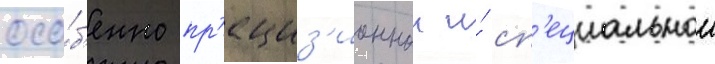
осо́б'енно пр'ециз'ионнои и́ сп'ециальнои